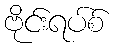
ဗိုင်းရပ်စ်